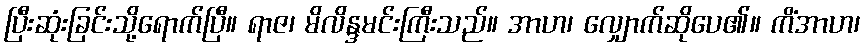
ပြီးဆုံးခြင်းသို့ရောက်ပြီ။ ရာဇ၊ မိလိန္ဒမင်းကြီးသည်။ အာဟ၊ လျှောက်ဆိုပေ၏။ ကိံအာဟ၊